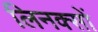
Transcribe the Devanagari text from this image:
लिनक्सों